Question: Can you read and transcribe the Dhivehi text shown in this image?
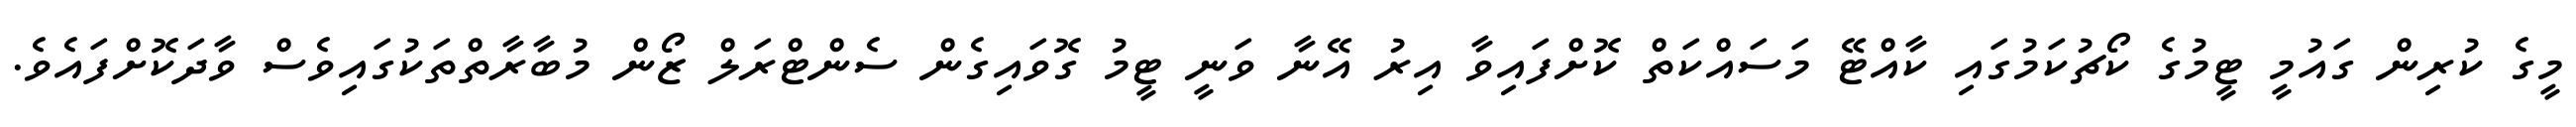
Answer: މީގެ ކުރިން ގައުމީ ޓީމުގެ ކޯޗުކަމުގައި ކާއްޓޭ މަސައްކަތް ކޮށްފައިވާ އިރު އޭނާ ވަނީ ޓީމު ގޮވައިގެން ސެންޓްރަލް ޒޯން މުބާރާތްތަކުގައިވެސް ވާދަކޮށްފައެވެ.